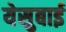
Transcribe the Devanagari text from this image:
येसुबाई